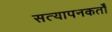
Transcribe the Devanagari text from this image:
सत्यापनकर्तों